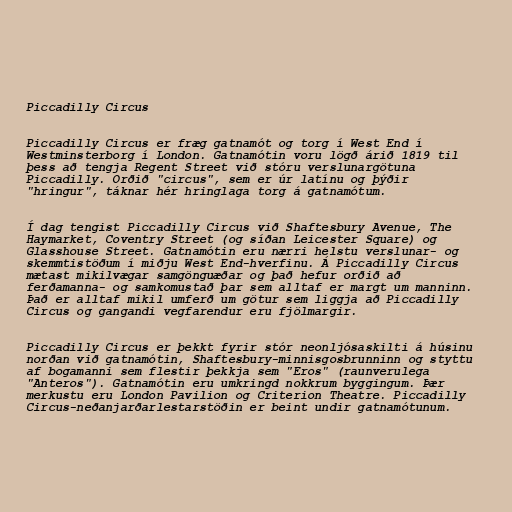
Piccadilly Circus

Piccadilly Circus er fræg gatnamót og torg í West End í
Westminsterborg í London. Gatnamótin voru lögð árið 1819 til
þess að tengja Regent Street við stóru verslunargötuna
Piccadilly. Orðið "circus", sem er úr latínu og þýðir
"hringur", táknar hér hringlaga torg á gatnamótum.

Í dag tengist Piccadilly Circus við Shaftesbury Avenue, The
Haymarket, Coventry Street (og síðan Leicester Square) og
Glasshouse Street. Gatnamótin eru nærri helstu verslunar- og
skemmtistöðum í miðju West End-hverfinu. Á Piccadilly Circus
mætast mikilvægar samgönguæðar og það hefur orðið að
ferðamanna- og samkomustað þar sem alltaf er margt um manninn.
Það er alltaf mikil umferð um götur sem liggja að Piccadilly
Circus og gangandi vegfarendur eru fjölmargir.

Piccadilly Circus er þekkt fyrir stór neonljósaskilti á húsinu
norðan við gatnamótin, Shaftesbury-minnisgosbrunninn og styttu
af bogamanni sem flestir þekkja sem "Eros" (raunverulega
"Anteros"). Gatnamótin eru umkringd nokkrum byggingum. Þær
merkustu eru London Pavilion og Criterion Theatre. Piccadilly
Circus-neðanjarðarlestarstöðin er beint undir gatnamótunum.